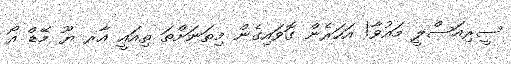
ސީރިއަސްލީ މައުވާ! އަހަރެން ގޮވައިގެން މިތަނަށްތަ ތިއައީ އާރ ޔޫ މޭޑް އޯ